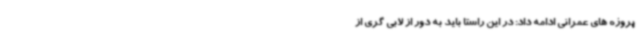
پروژه های عمرانی ادامه داد: در این راستا باید به دور از لابی گری از